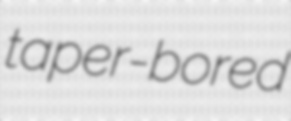
taper-bored